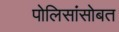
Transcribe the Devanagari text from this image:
पोलिसांसोबत